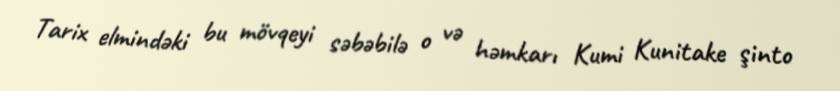
Tarix elmindəki bu mövqeyi səbəbilə o və həmkarı Kumi Kunitake şinto